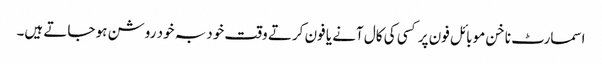
اسمارٹ ناخن موبائل فون پر کسی کی کال آنے یا فون کرتے وقت خود بہ خود روشن ہو جاتے ہیں۔